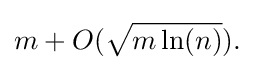
{\begin{aligned}m+O({\sqrt {m\ln(n)}}).\end{aligned}}